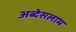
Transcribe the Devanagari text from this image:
अब्देसलाम